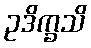
ဥဒိက္ခသိ